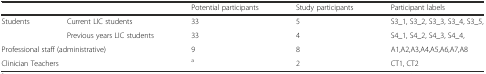
<table><thead><tr><td></td><td></td><td><b>Potential participants</b></td><td><b>Study participants</b></td><td><b>Participant labels</b></td></tr></thead><tbody><tr><td rowspan="2">Students</td><td>Current LIC students</td><td>33</td><td>5</td><td>S3_1, S3_2, S3_3, S3_4, S3_5,</td></tr><tr><td>Previous years LIC students</td><td>33</td><td>4</td><td>S4_1, S4_2, S4_3, S4_4,</td></tr><tr><td colspan="2">Professional staff (administrative)</td><td>9</td><td>8</td><td>A1,A2,A3,A4,A5,A6,A7,A8</td></tr><tr><td colspan="2">Clinician Teachers</td><td><sup>a</sup></td><td>2</td><td>CT1, CT2</td></tr></tbody></table>